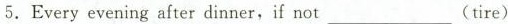
5 .Everyevening after dinner, if not___(tire)